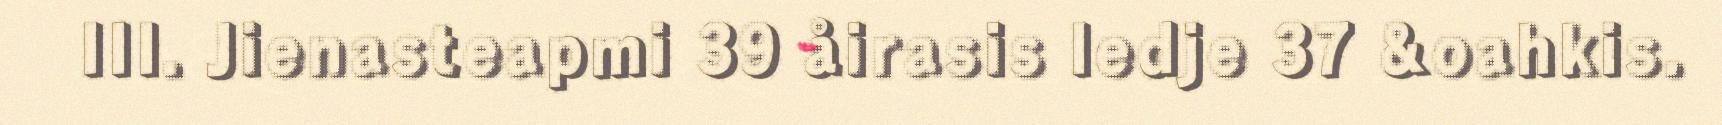
III. Jienasteapmi 39 åirasis ledje 37 &oahkis.